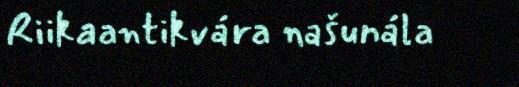
Riikaantikvára našunála